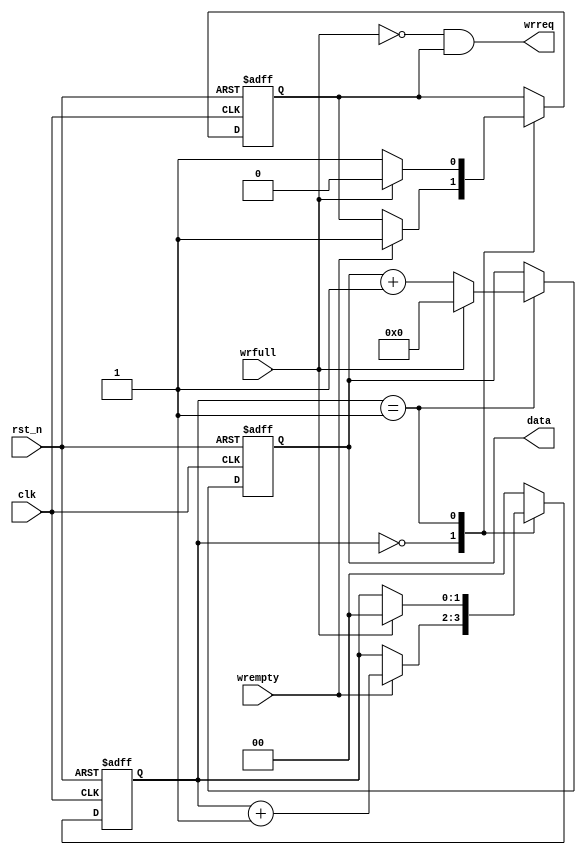
module fifo_wr(
    input               clk,
    input               rst_n,
    input               wrempty,            //
    input               wrfull,             //
    output  reg [7:0]   data,               //
    output              wrreq               //
);

reg         wrreq_t;                        //
reg [1:0]   flow_cnt/*systhesis preserve*/; //

assign wrreq = ~wrfull & wrreq_t;

//fifo
always @(posedge clk or negedge rst_n) begin
    if(!rst_n) begin
        wrreq_t <= 1'b0;
        data <= 8'd0;
        flow_cnt <= 2'd0;
    end
    else begin
        case(flow_cnt)                      //
            2'd0: begin                     //
                if(wrempty) begin           //1
                    wrreq_t <= 1'b1;
                    flow_cnt <= flow_cnt +1'b1;
                end
                else
                    flow_cnt <= flow_cnt;   //
            end
            2'd1: begin                     //
                if(wrfull)begin             //0
                    wrreq_t <= 1'b0;
                    data <= 8'd0;
                    flow_cnt <= 2'd0;
                end
                else begin                  //1
                    wrreq_t <= 1'b1;
                    data <= data + 1'd1;
                end
            end
            default: flow_cnt <= 2'd0;
        endcase
    end
end

endmodule